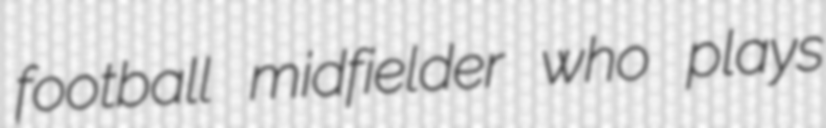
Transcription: football midfielder who plays